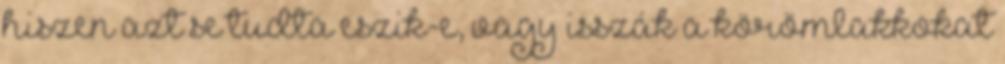
hiszen azt se tudta eszik-e, vagy isszák a körömlakkokat